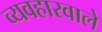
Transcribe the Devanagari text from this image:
व्यवहारवाले